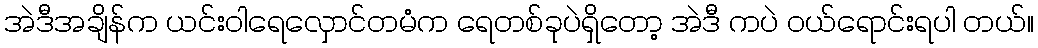
အဲဒီအချိန်က ယင်းဝါရေလှောင်တမံက ရေတစ်ခုပဲရှိတော့ အဲဒီ ကပဲ ဝယ်ရောင်းရပါ တယ်။